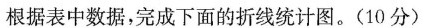
根据表中数据，完成下面的折线统计图。(10分)